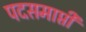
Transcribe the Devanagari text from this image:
पदसमाप्ती